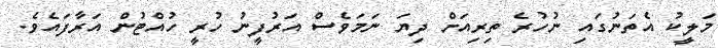
މަލީކު އެތަނުގައި ނުހުރެ ތިރިއަށް ދިޔަ ނަމަވެސް އަރުފީނު ހުރީ ހުއްޓުން އަރާފައެވެ.